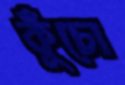
কুঁচো